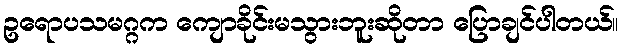
ဥရောပသမဂ္ဂက ကျောခိုင်းမသွားဘူးဆိုတာ ပြောချင်ပါတယ်။